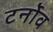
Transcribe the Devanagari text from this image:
टर्नोव